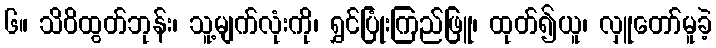
၆။ သိဝိထွတ်ဘုန်း၊ သူ့မျက်လုံးကို၊ ရွှင်ပြုံးကြည်ဖြူ၊ ထုတ်၍ယူ၊ လှူတော်မူခဲ့